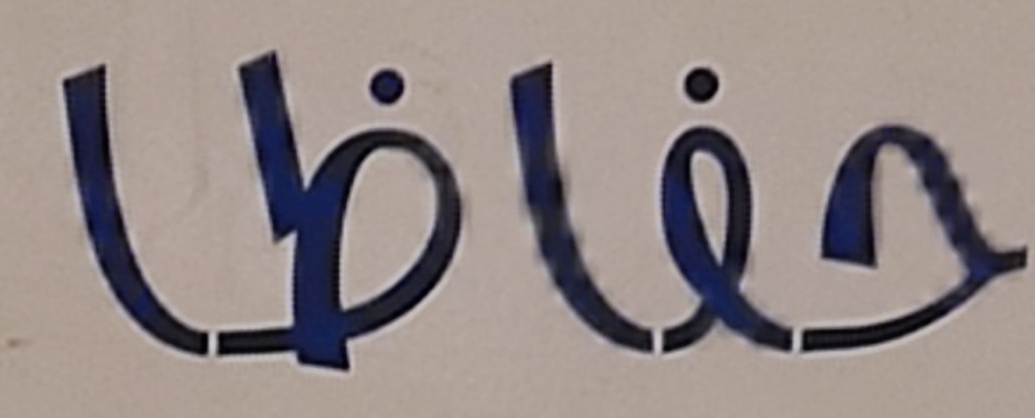
حفاظا